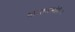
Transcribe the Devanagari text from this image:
भारतासमोरील